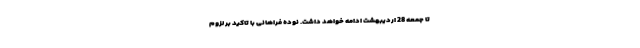
تا جمعه 28 اردیبهشت ادامه خواهد داشت. نوده فراهانی با تاکید بر لزوم